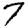
Digit: 7